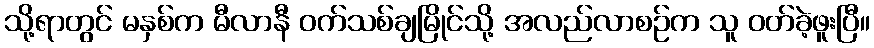
သို့ရာတွင် မနှစ်က မီလာနီ ဝက်သစ်ချမြိုင်သို့ အလည်လာစဉ်က သူ ဝတ်ခဲ့ဖူးပြီ။